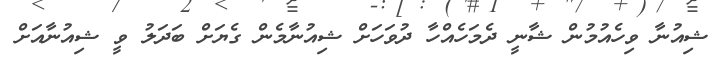
ޝިއުނާ ވިހެއުމުން ޝާނީ ދެމަހެއްހާ ދުވަހަށް ޝިއުނާމެން ގެޔަށް ބަދަލު ވީ ޝިއުނާއަށް